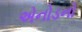
એનોડનો